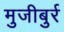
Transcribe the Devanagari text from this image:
मुजीबुर्र